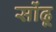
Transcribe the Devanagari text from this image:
सोंढू